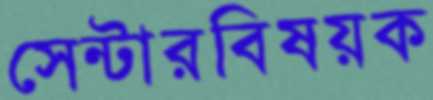
সেন্টারবিষয়ক